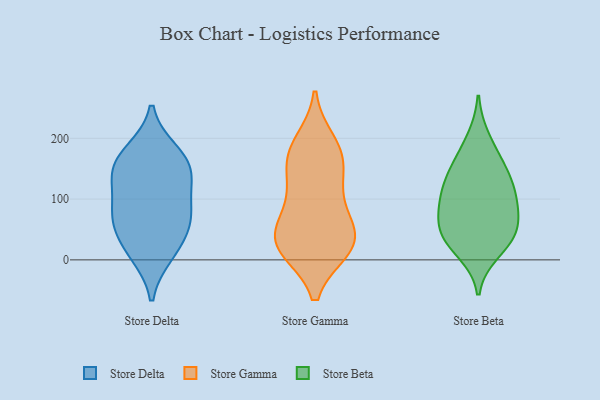
{"axis": {"x": "Temperature (°C)", "y": "Value"}, "legend": ["Store Beta", "Store Delta", "Store Gamma"], "data": [{"x": "", "y": 78, "type": "Store Delta"}, {"x": "", "y": 10, "type": "Store Delta"}, {"x": "", "y": 177, "type": "Store Delta"}, {"x": "", "y": 51, "type": "Store Delta"}, {"x": "", "y": 143, "type": "Store Delta"}, {"x": "", "y": 78, "type": "Store Delta"}, {"x": "", "y": 134, "type": "Store Delta"}, {"x": "", "y": 144, "type": "Store Delta"}, {"x": "", "y": 169, "type": "Store Delta"}, {"x": "", "y": 76, "type": "Store Delta"}, {"x": "", "y": 19, "type": "Store Delta"}, {"x": "", "y": 53, "type": "Store Gamma"}, {"x": "", "y": 31, "type": "Store Gamma"}, {"x": "", "y": 174, "type": "Store Gamma"}, {"x": "", "y": 19, "type": "Store Gamma"}, {"x": "", "y": 28, "type": "Store Gamma"}, {"x": "", "y": 20, "type": "Store Gamma"}, {"x": "", "y": 168, "type": "Store Gamma"}, {"x": "", "y": 164, "type": "Store Gamma"}, {"x": "", "y": 24, "type": "Store Gamma"}, {"x": "", "y": 113, "type": "Store Gamma"}, {"x": "", "y": 64, "type": "Store Gamma"}, {"x": "", "y": 112, "type": "Store Gamma"}, {"x": "", "y": 192, "type": "Store Gamma"}, {"x": "", "y": 56, "type": "Store Beta"}, {"x": "", "y": 102, "type": "Store Beta"}, {"x": "", "y": 92, "type": "Store Beta"}, {"x": "", "y": 127, "type": "Store Beta"}, {"x": "", "y": 127, "type": "Store Beta"}, {"x": "", "y": 48, "type": "Store Beta"}, {"x": "", "y": 26, "type": "Store Beta"}, {"x": "", "y": 161, "type": "Store Beta"}, {"x": "", "y": 38, "type": "Store Beta"}, {"x": "", "y": 13, "type": "Store Beta"}, {"x": "", "y": 155, "type": "Store Beta"}, {"x": "", "y": 95, "type": "Store Beta"}, {"x": "", "y": 62, "type": "Store Beta"}, {"x": "", "y": 200, "type": "Store Beta"}]}